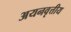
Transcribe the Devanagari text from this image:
अयनवृत्तीय